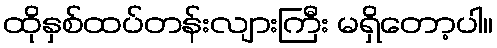
ထိုနှစ်ထပ်တန်းလျားကြီး မရှိတော့ပါ။